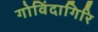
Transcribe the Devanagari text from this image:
गोविंदागिरि